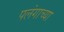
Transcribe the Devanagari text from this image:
पलंगाच्या